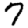
Digit: 7